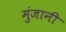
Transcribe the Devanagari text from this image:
मुंजानी